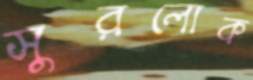
সুরলোক